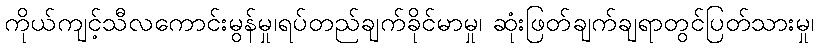
ကိုယ်ကျင့်သီလကောင်းမွန်မှု၊ရပ်တည်ချက်ခိုင်မာမှု၊ ဆုံးဖြတ်ချက်ချရာတွင်ပြတ်သားမှု၊